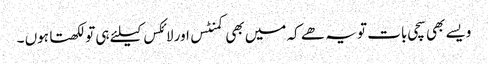
ویسے بھی سچی بات تو یہ ھے کہ میں بھی کمنٹس اور لائکس کیلئے ہی تو لکھتا ہوں ۔